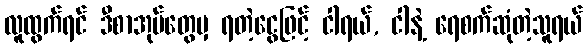
လူထွက်ရင် ဒီစာအုပ်တွေမှ ရတဲ့ငွေဖြင့် ငါရယ်, ငါနဲ့ ရေစက်ဆုံတဲ့သူရယ်